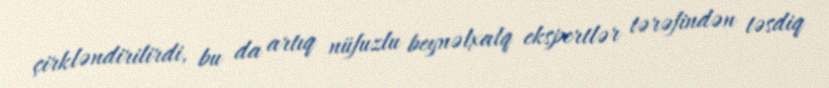
çirkləndirilirdi, bu da artıq nüfuzlu beynəlxalq ekspertlər tərəfindən təsdiq